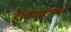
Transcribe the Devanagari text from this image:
हैं।जवाहरलाल